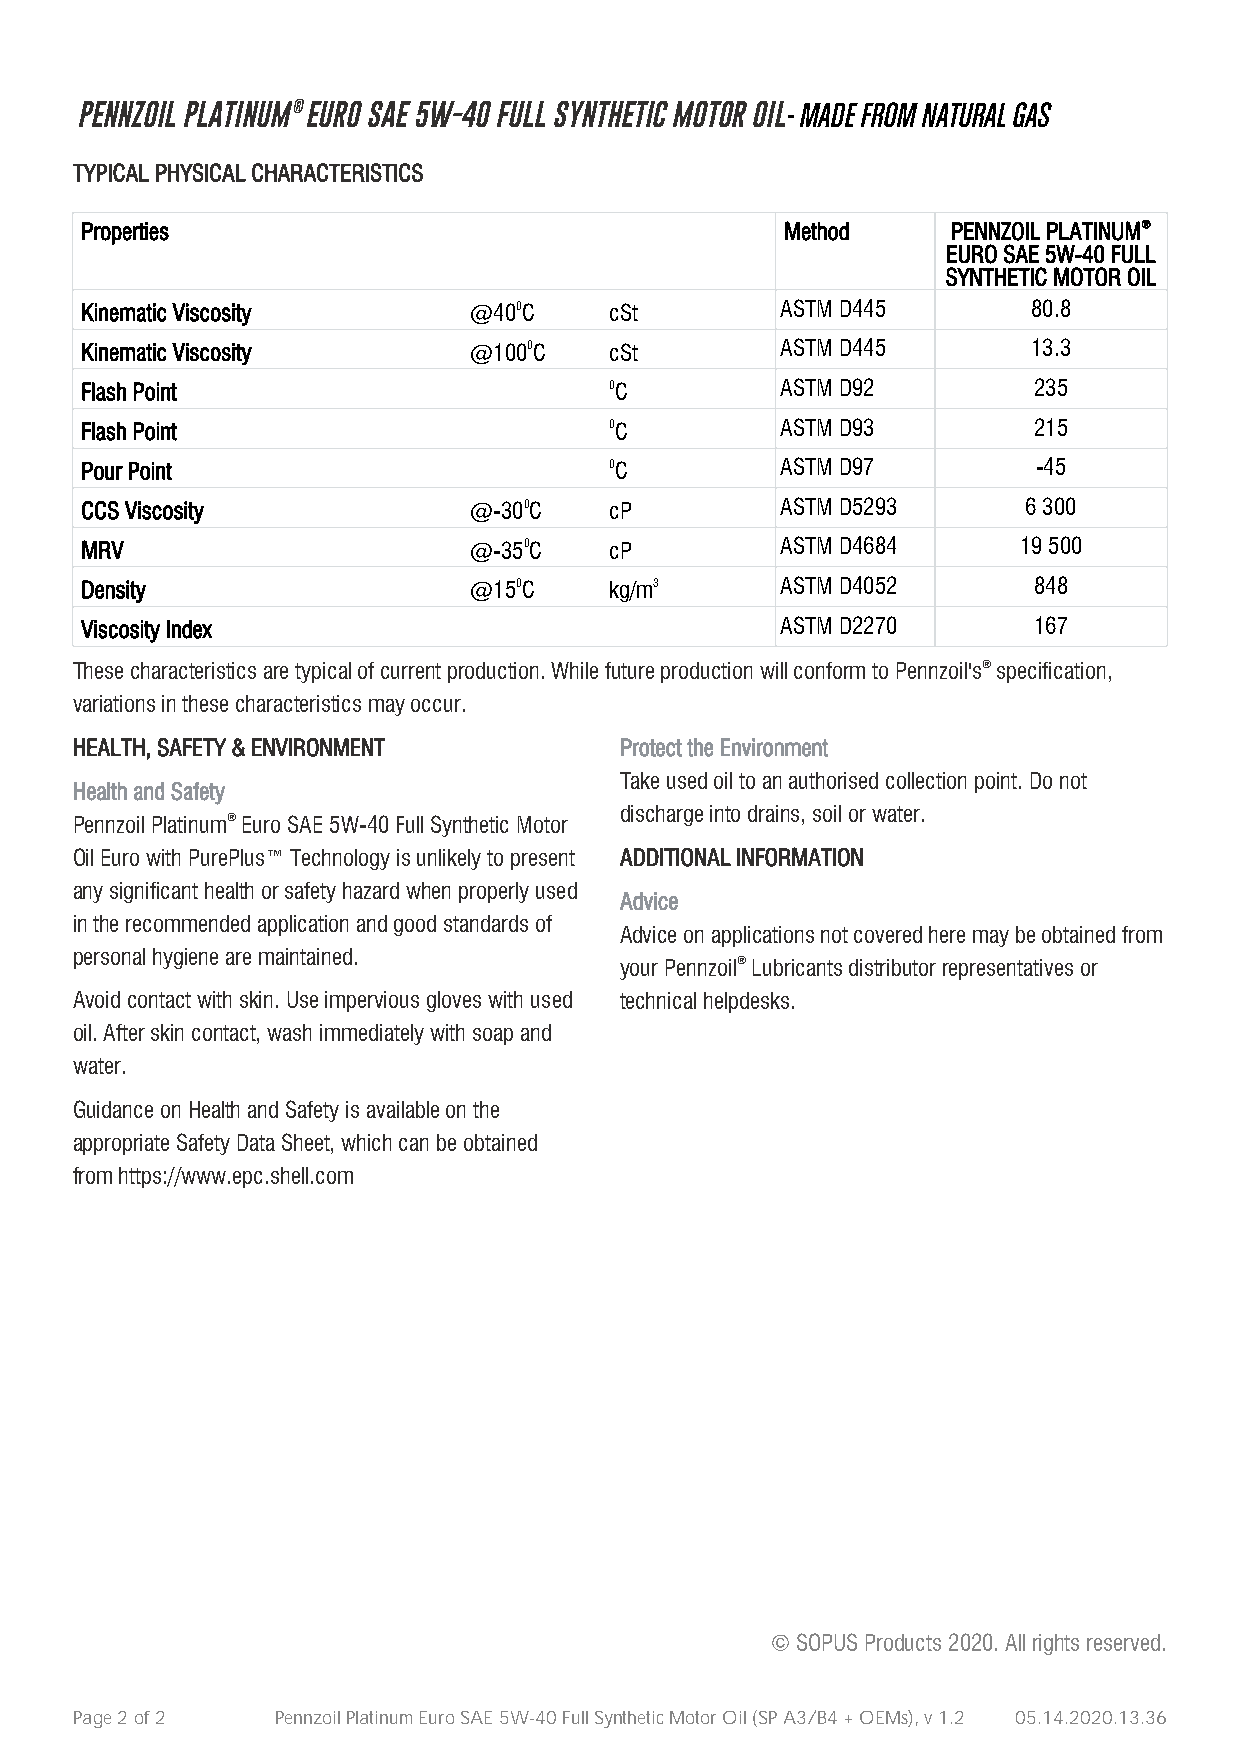
PENNZOIL PLATINUM® EURO SAE 5W-40 FULL SYNTHETIC MOTOR OIL- MADE FROM NATURAL GAS
 TYPICAL PHYSICAL CHARACTERISTICS
 Properties                                     Method     PENNZOIL PLATINUM®
 EURO SAE 5W-40 FULL
 SYNTHETIC MOTOR OIL
 Kinematic Viscosity       @400C    cSt         ASTM D445       80.8
 Kinematic Viscosity       @1000C   cSt         ASTM D445       13.3
 Flash Point                        0C          ASTM D92        235
 Flash Point                        0C          ASTM D93        215
 Pour Point                         0C          ASTM D97         -45
 CCS Viscosity             @-300C   cP          ASTM D5293      6 300
 MRV                       @-350C   cP          ASTM D4684     19 500
 Density                   @150C    kg/m3       ASTM D4052      848
 Viscosity Index                                ASTM D2270      167
 These characteristics are typical of current production. While future production will conform to Pennzoil's® specification,
 variations in these characteristics may occur.
 HEALTH, SAFETY & ENVIRONMENT        Protect the Environment
 Take used oil to an authorised collection point. Do not
 Health and Safety
 discharge into drains, soil or water.
 Pennzoil Platinum® Euro SAE 5W-40 Full Synthetic Motor
 Oil Euro with PurePlus™ Technology is unlikely to present ADDITIONAL INFORMATION
 any significant health or safety hazard when properly used
 Advice
 in the recommended application and good standards of
 Advice on applications not covered here may be obtained from
 personal hygiene are maintained.
 your Pennzoil® Lubricants distributor representatives or
 Avoid contact with skin. Use impervious gloves with used technical helpdesks.
 oil. After skin contact, wash immediately with soap and
 water.
 Guidance on Health and Safety is available on the
 appropriate Safety Data Sheet, which can be obtained
 from https://www.epc.shell.com
 © SOPUS Products 2020. All rights reserved.
 Page 2 of 2  Pennzoil Platinum Euro SAE 5W-40 Full Synthetic Motor Oil (SP A3/B4 + OEMs), v 1.2 05.14.2020.13.36